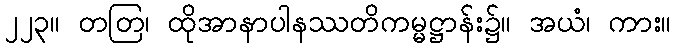
၂၂၃။ တတြ၊ ထိုအာနာပါနဿတိကမ္မဋ္ဌာန်း၌။ အယံ၊ ကား။